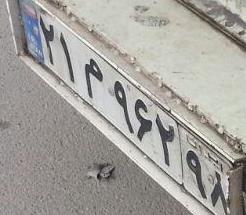
۲۱م۹۶۲۹۸